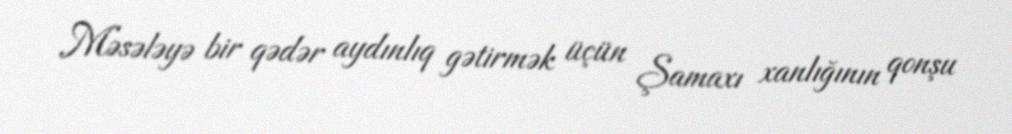
Məsələyə bir qədər aydınlıq gətirmək üçün Şamaxı xanlığının qonşu